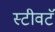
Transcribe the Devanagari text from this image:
स्टीवटॅ